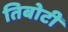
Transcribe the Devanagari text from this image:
तिबोटी